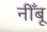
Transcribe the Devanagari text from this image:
नीँबू